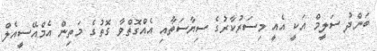
ބަންދު ސަލީމް އަކީ އެއީ މިސަރުކާރުގެ ސިޔާސަތާއި އެއްގޮތްވާ ގޮތުގެ މަތިން އެމްއޭސީއެލް